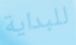
للبداية